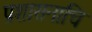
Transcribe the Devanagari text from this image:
प्रशासनाचि